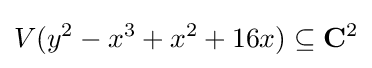
V(y^{2}-x^{3}+x^{2}+16x)\subseteq \mathbf {C} ^{2}